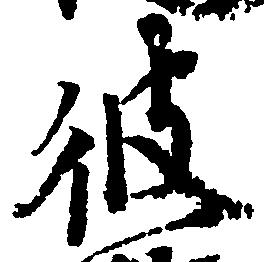
彼